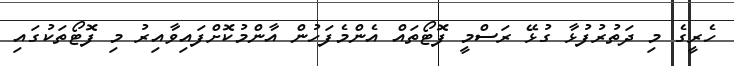
ހެރީގެ މި ދަތުރުފުޅާ ގުޅޭ ރަސްމީ ފޮޓޯތައް އެންމެފަހުން އާންމުކޮށްފައިވާއިރު މި ފޮޓޯތަކުގައި